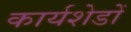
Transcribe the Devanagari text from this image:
कार्यशेडों